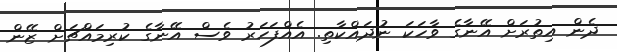
ދެން އިތުރަށް އޭނާގެ ވާހަކަ ނުދައްކާތި. އެއްފަހަރު ވެސް އޭނާގެ ކުރިމައްޗަށް ޒޭން